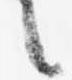
言